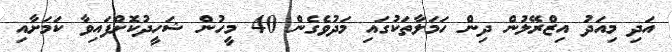
އަދި މިއަދު އިޒްރޭލުން ދިން ހަމަލާތަކުގައި މަދުވެގެން 40 މީހުން ޝަހީދުކޮށްފައިވާ ކަމަށާއި